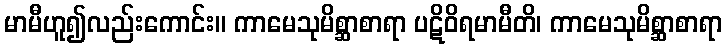
မာမီဟူ၍လည်းကောင်း။ ကာမေသုမိစ္ဆာစာရာ ပဋိဝိရမာမီတိ၊ ကာမေသုမိစ္ဆာစာရာ